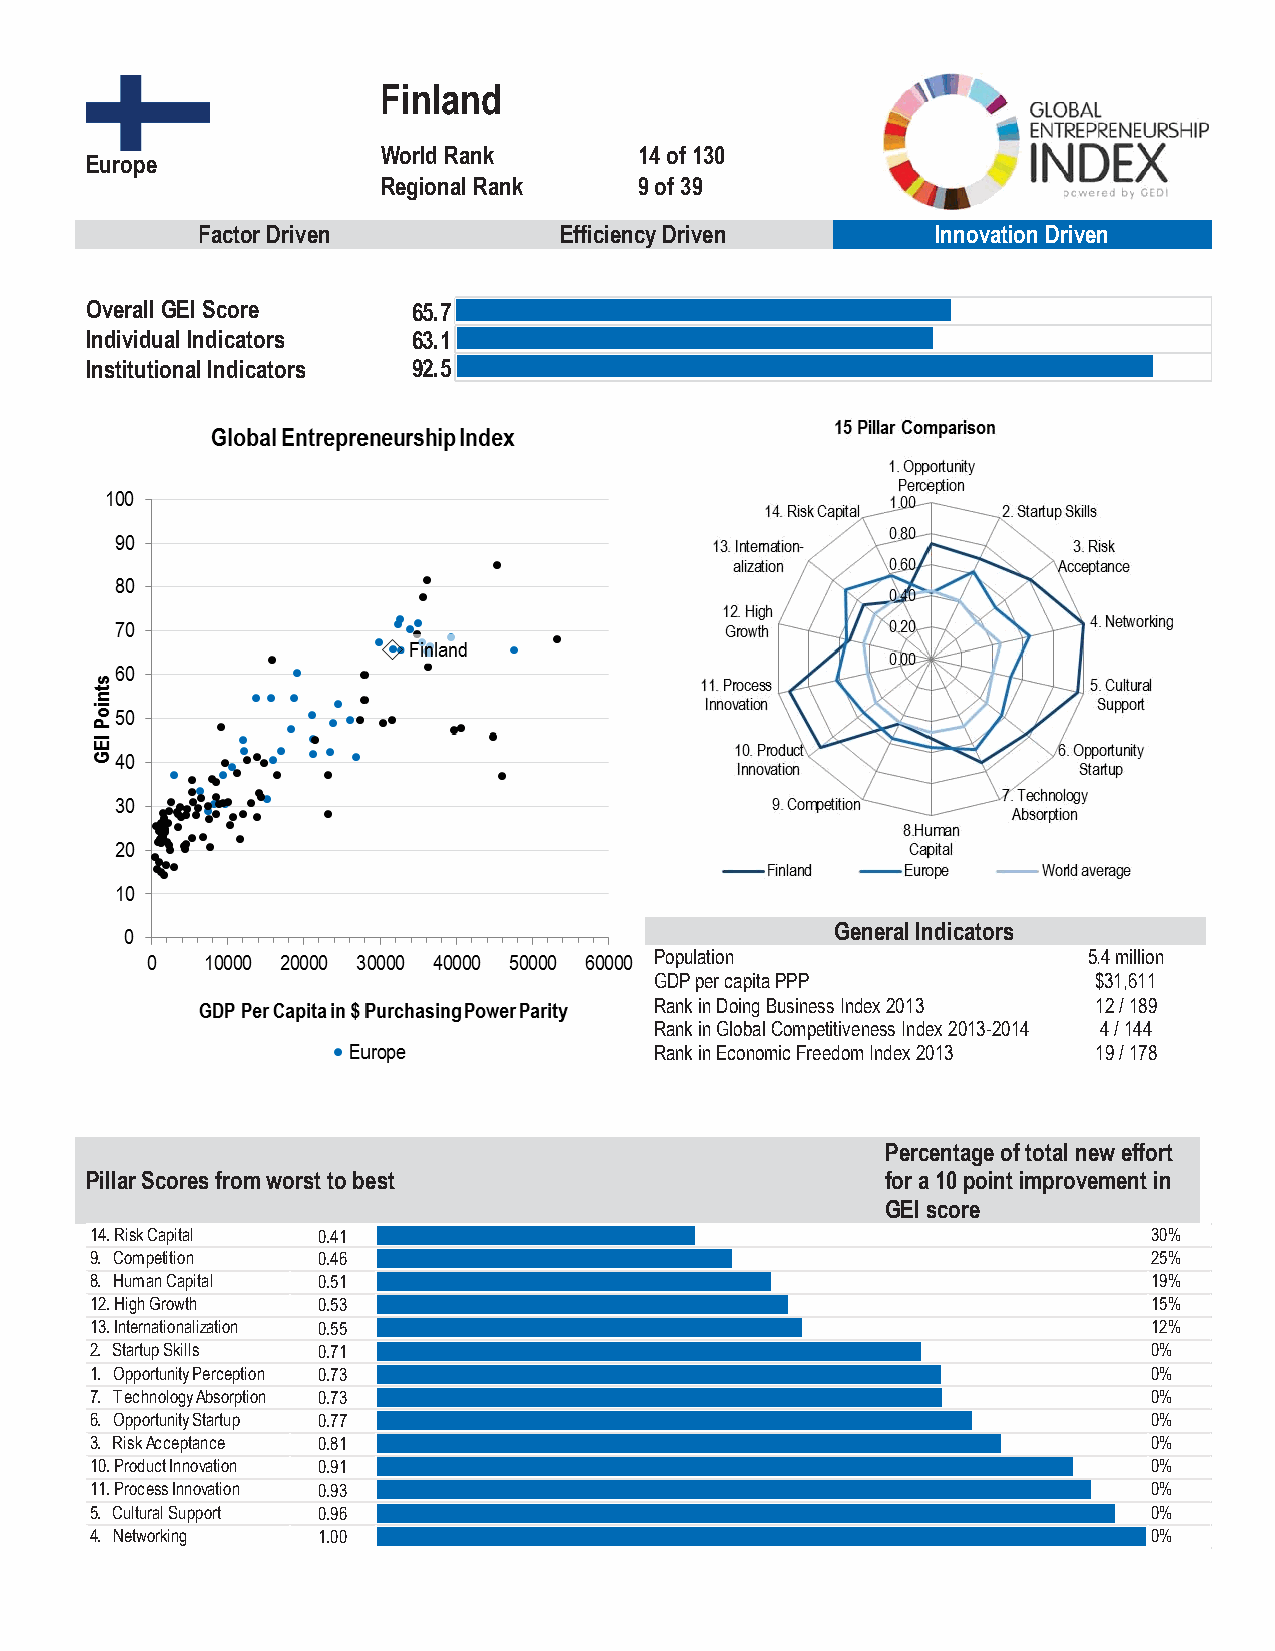
Finland
 World Rank       14 of 130
 Europe
 Regional Rank    9 of 39
 Factor Driven           Efficiency Driven        Innovation Driven
 Overall GEI Score    65.7 65.7
 Individual Indicators 63.1 63.1
 Institutional Indicators 92.5 92.5
 General Indicators
 Population                   5.4 million
 GDP per capita PPP            $31,611
 Rank in Doing Business Index 2013 12 / 189
 Rank in Global Competitiveness Index 2013-2014 4 / 144
 Rank in Economic Freedom Index 2013 19 / 178
 Percentage of total new effort
 Pillar Scores from worst to best                     for a 10 point improvement in
 GEI score
 14. Risk Capital 0.41                                                 30%
 9. Competition 0.46                                                   25%
 8. Human Capital 0.51                                                 19%
 12. High Growth 0.53                                                  15%
 13. Internationalization 0.55                                         12%
 2. Startup Skills 0.71                                                0%
 1. Opportunity Perception 0.73                                        0%
 7. Technology Absorption 0.73                                         0%
 6. Opportunity Startup 0.77                                           0%
 3. Risk Acceptance 0.81                                               0%
 10. Product Innovation 0.91                                           0%
 11. Process Innovation 0.93                                           0%
 5. Cultural Support 0.96                                              0%
 4. Networking  1.00                                                   0%